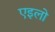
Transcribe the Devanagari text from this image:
एइलो